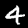
Digit: 4